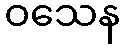
ဝသေန